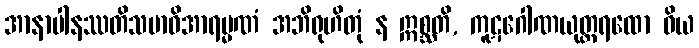
အာနာပါနဿတိသမာဓိအာရမ္မဏံ အဘိရုဟိတုံ န ဣစ္ဆတိ, ကူဋဂေါဏယုတ္တရထော ဝိယ